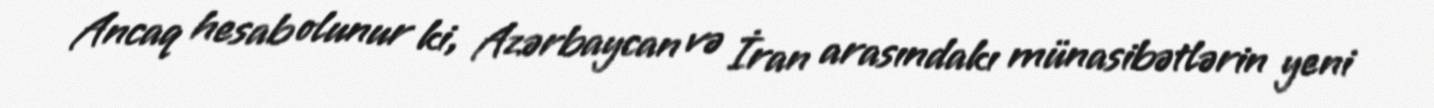
Ancaq hesab olunur ki, Azərbaycan və İran arasındakı münasibətlərin yeni